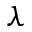
\lambda